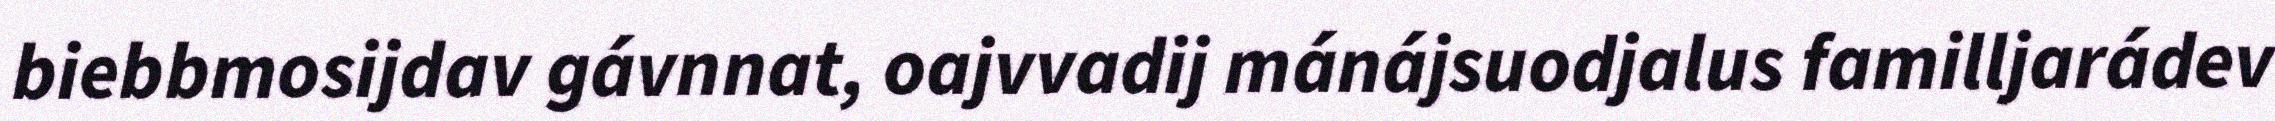
biebbmosijdav gávnnat, oajvvadij mánájsuodjalus familljarádev